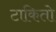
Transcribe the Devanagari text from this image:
टाकितो